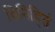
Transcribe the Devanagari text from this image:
विनिहितं